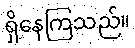
ရှိနေကြသည်။